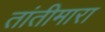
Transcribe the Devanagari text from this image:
तांतीमारा